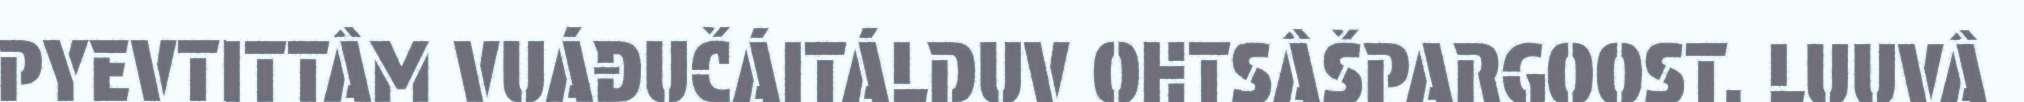
PYEVTITTÂM VUÁĐUČÁITÁLDUV OHTSÂŠPARGOOST. LUUVÂ